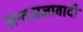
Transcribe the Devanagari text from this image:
अन्तःप्रज्ञावादी